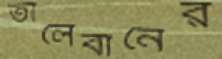
তালেবানের